Civil Veterinary Department. Madras. Admin. report 1926-33 - 1926-1933
Year: 1926
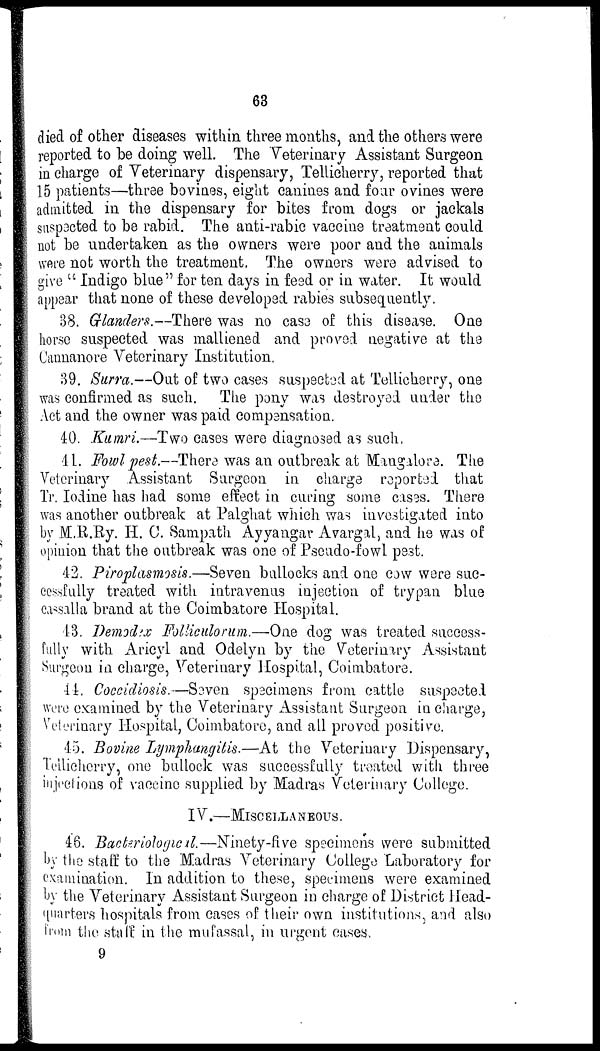
63
died of other diseases within three months, and the others were
reported to be doing well. The Veterinary Assistant Surgeon
in charge of Veterinary dispensary, Tellicherry, reported that
15 patients—three bovines, eight canines and four ovines were
admitted in the dispensary for bites from dogs or jackals
suspected to be rabid. The anti-rabic vaccine treatment could
not be undertaken as the owners were poor and the animals
were not worth the treatment. The owners were advised to
give "Indigo blue" for ten days in feed or in water. It would
appear that none of these developed rabies subsequently.
38. Glanders.—There was no case of this disease. One
horse suspected was malliened and proved negative at the
Cannanore Veterinary Institution.
39. Surra.—Out of two cases suspected at Tellicherry, one
was confirmed as such. The pony was destroyed under the
Act and the owner was paid compensation.
40. Kumri.—Two cases were diagnosed as such,
41. Fowl pest.—There was an outbreak at Mangalore. The
Veterinary Assistant Surgeon in charge reported that
Tr. Iodine has had some effect in curing some cases. There
was another outbreak at Palghat which was investigated into
by M.R.Ry. H. C. Sampath Ayyangar Avargal, and he was of
opinion that the outbreak was one of Pseudo-fowl pest.
42. Piroplasmosis.—Seven bullocks and one cow were suc-
cessfully treated with intravenus injection of trypan blue
cassalla brand at the Coimbatore Hospital.
43. Demodex Folliculorum.—One dog was treated success-
fully with Aricyl and Odelyn by the Veterinary Assistant
Surgeon in charge, Veterinary Hospital, Coimbatore.
44. Coccidiosis.—Seven specimens from cattle suspected
were examined by the Veterinary Assistant Surgeon in charge,
Veterinary Hospital, Coimbatore, and all proved positive.
45. Bovine Lymphangitis.—At the Veterinary Dispensary,
Tellicherry, one bullock was successfully treated with three
injections of vaccine supplied by Madras Veterinary College.
IV.—MISCELLANEOUS.
46. Bacteriological.—Ninety-five specimens were submitted
by the staff to the Madras Veterinary College Laboratory for
examination. In addition to these, specimens were examined
by the Veterinary Assistant Surgeon in charge of District Head-
quarters hospitals from eases of their own institutions, and also
from the stall in the mufassal, in urgent cases.
9